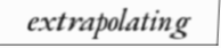
extrapolating